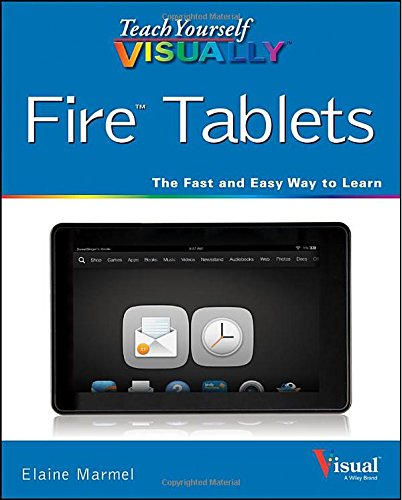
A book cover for Teach Yourself VISUALLY Fire Tablets (Teach Yourself VISUALLY (Tech)); Elaine Marmel; Computers & Technology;